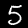
Label: 5